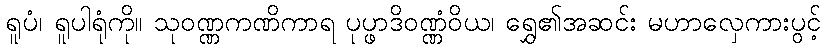
ရူပံ၊ ရူပါရုံကို။ သုဝဏ္ဏကဏိကာရ ပုပ္ဖာဒိဝဏ္ဏံဝိယ၊ ရွှေ၏အဆင်း မဟာလှေကားပွင့်